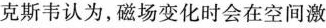
克斯韦认为，磁场变化时会在空间激